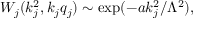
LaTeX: W _ { j } ( k _ { j } ^ { 2 } , k _ { j } q _ { j } ) \sim \exp ( - a k _ { j } ^ { 2 } / \Lambda ^ { 2 } ) ,